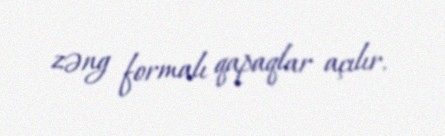
zəng formalı qapaqlar açılır.